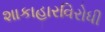
શાકાહારવિરોધી